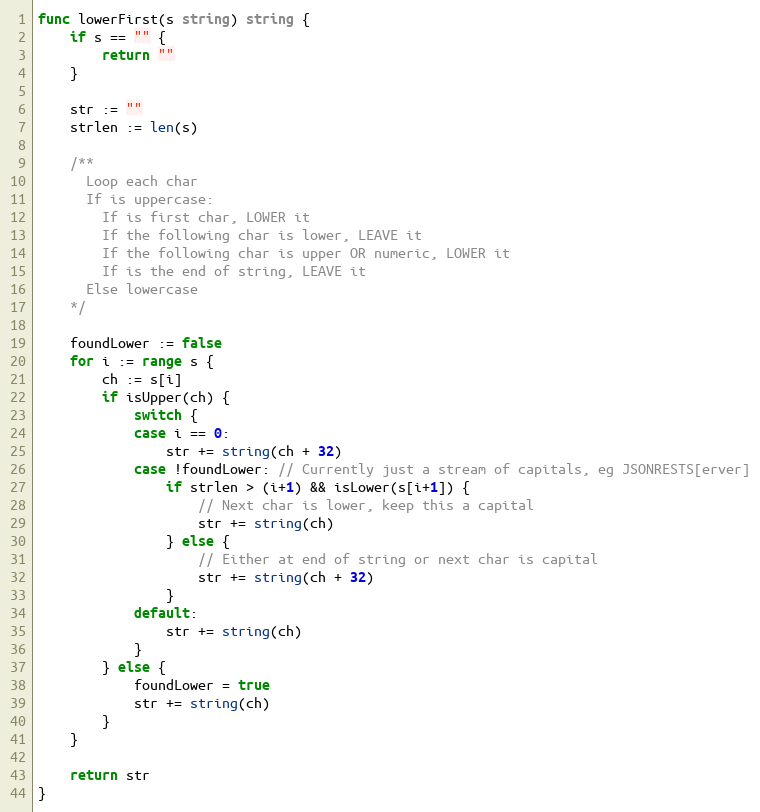
Language: Go
func lowerFirst(s string) string {
	if s == "" {
		return ""
	}

	str := ""
	strlen := len(s)

	/**
	  Loop each char
	  If is uppercase:
	    If is first char, LOWER it
	    If the following char is lower, LEAVE it
	    If the following char is upper OR numeric, LOWER it
	    If is the end of string, LEAVE it
	  Else lowercase
	*/

	foundLower := false
	for i := range s {
		ch := s[i]
		if isUpper(ch) {
			switch {
			case i == 0:
				str += string(ch + 32)
			case !foundLower: // Currently just a stream of capitals, eg JSONRESTS[erver]
				if strlen > (i+1) && isLower(s[i+1]) {
					// Next char is lower, keep this a capital
					str += string(ch)
				} else {
					// Either at end of string or next char is capital
					str += string(ch + 32)
				}
			default:
				str += string(ch)
			}
		} else {
			foundLower = true
			str += string(ch)
		}
	}

	return str
}